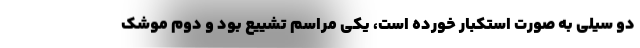
دو سیلی به صورت استکبار خورده است، یکی مراسم تشییع بود و دوم موشک